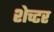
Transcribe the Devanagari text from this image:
शेच्टर